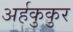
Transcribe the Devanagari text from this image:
अर्हकुकुर